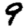
Digit: 9